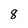
Character: 8